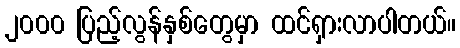
၂၀၀၀ ပြည့်လွန်နှစ်တွေမှာ ထင်ရှားလာပါတယ်။